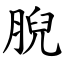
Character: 腉